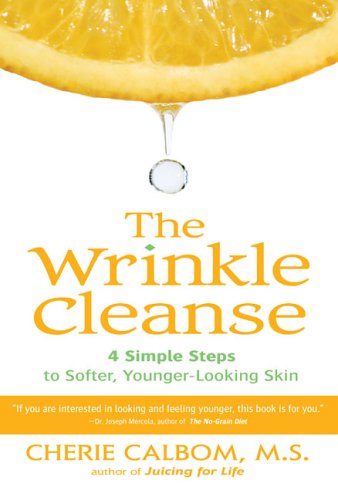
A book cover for The Wrinkle Cleanse; Cherie Calbom; Health, Fitness & Dieting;